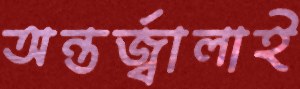
অন্তর্জ্বালাই